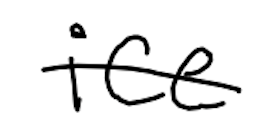
Text: ice
Cross-out: mix
Writing tool: digital_black